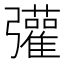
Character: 𢑆